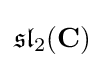
{\mathfrak {sl}}_{2}(\mathbf {C} )